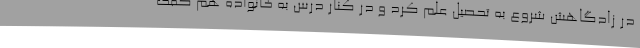
در زادگاهش شروع به تحصیل علم کرد و در کنار درس به خانواده هم کمک